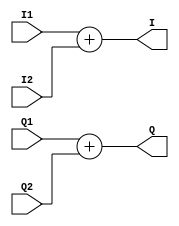
`timescale 1ns / 1ps
//////////////////////////////////////////////////////////////////////////////////
// Company: 
// Engineer: 
// 
// Design Name: 
// Module Name: complex_adder
// Project Name: 
// Target Devices: 
// Tool Versions: 
// Description: 
// 
// Dependencies: 
// 
// Revision:
// Revision 0.01 - File Created
// Additional Comments:
// 
//////////////////////////////////////////////////////////////////////////////////


module complex_adder(I1, Q1, I2, Q2, I, Q);
    input signed [17:0] I1,  Q1, I2, Q2;
    output signed [17:0] I, Q;
  
    assign I = I1+I2;
    assign Q = Q1+Q2;
endmodule